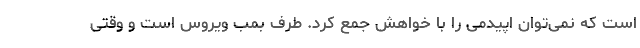
است که نمی‌توان اپیدمی را با خواهش جمع کرد. طرف بمب ویروس است و وقتی